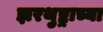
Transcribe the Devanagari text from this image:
झरथुष्ट्राच्या